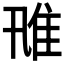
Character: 𨾑